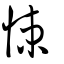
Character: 悚